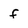
Character: f